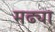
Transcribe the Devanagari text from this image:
मढ्या